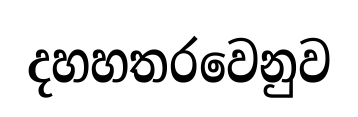
දහහතරවෙනුව